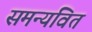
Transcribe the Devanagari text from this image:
समन्यवित